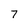
Character: 7